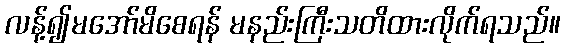
လန့်၍မအော်မိစေရန် မနည်းကြီးသတိထားလိုက်ရသည်။